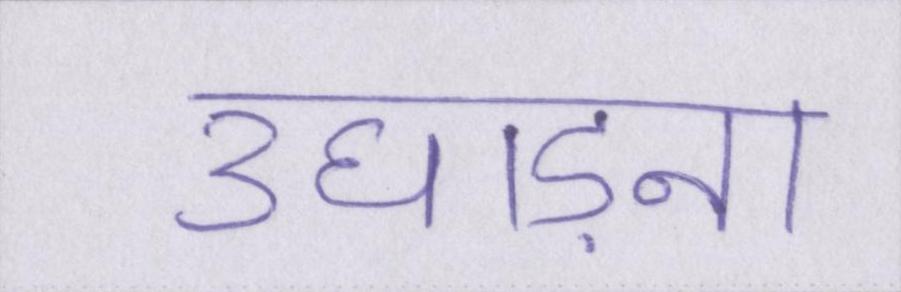
उघाड़ना